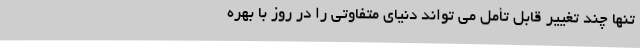
تنها چند تغییر قابل تأمل می تواند دنیای متفاوتی را در روز با بهره